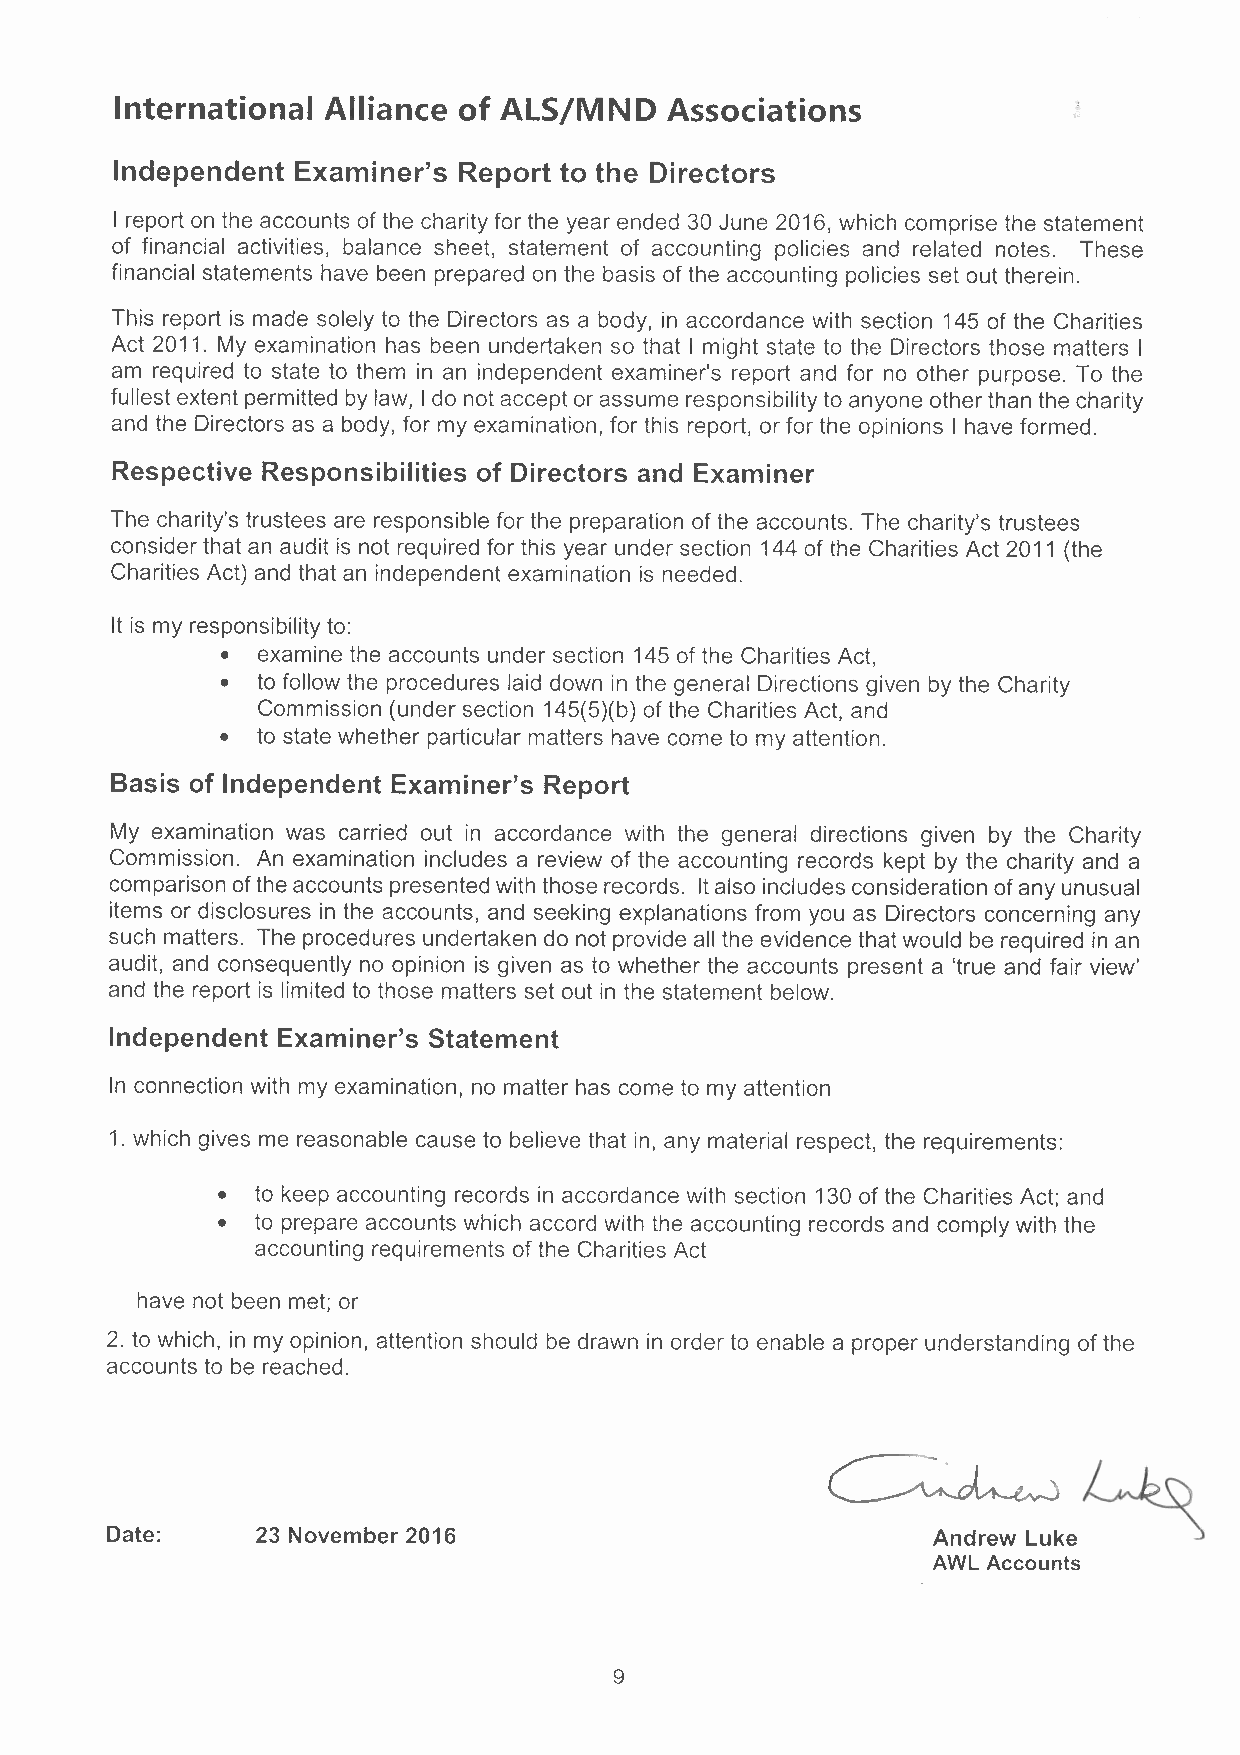
International Alliance of ALS/MND   Associations
 Independent Examiner's Report to the Directors
 I report on the accounts of the charity for the year ended 30 June 2016, which comprise the statement
 of financial activities, balance sheet, statement of accounting policies and related notes. These
 financial statements have been prepared on the basis of the accounting policies set out therein.
 This report is made solely to the Directors as a body, in accordance with section 145 of the Charities
 Act 2011. My examination has been undertaken so that I might state to the Directors those matters I
 am required to state to them in an independent examiner's report and for no other purpose. To the
 fullest extent permitted by law, I do not accept or assume responsibility to anyone other than the charity
 and the Directors as a body, for my examination, for this report, or for the opinions I have formed.
 Respective Responsibilities of Directors and Examiner
 The charity's trustees are responsible for the preparation of the accounts. The charity's trustees
 consider that an audit is not required for this year under section 144 of the Charities Act 2011 (the
 Charities Act) and that an independent examination is needed.
 It is my responsibility to:
 • examine the accounts under section 145 of the Charities Act,
 • to follow the procedures laid down in the general Directions given by the Charity
 Commission (under section 145(5)(b) of the Charities Act, and
 • to state whether particular matters have come to my attention.
 Basis of Independent Examiner's Report
 My examination was carried out in accordance with the general directions given by the Charity
 Commission. An examination includes a review of the accounting records kept by the charity and a
 comparison of the accounts presented with those records. It also includes consideration of any unusual
 items or disclosures in the accounts, and seeking explanations from you as Directors concerning any
 such matters. The procedures undertaken do not provide all the evidence that would be required in an
 audit, and consequently no opinion is given as to whether the accounts present a 'true and fair view'
 and the report is limited to those matters set out in the statement below.
 Independent Examiner's Statement
 In connection with my examination, no matter has come to my attention
 1. which gives me reasonable cause to believe that in, any material respect, the requirements:
 •  to keep accounting records in accordance with section 130 of the Charities Act; and
 •  to prepare accounts which accord with the accounting records and comply with the
 accounting requirements of the Charities Act
 have not been met; or
 2. to which, in my opinion, attention should be drawn in order to enable a proper understanding of the
 accounts to be reached.
 Date:     23 November 2016                      ~e~
 AWL Accounts
 9